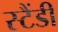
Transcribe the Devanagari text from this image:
स्टैंडी